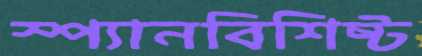
স্প্যানবিশিষ্ট